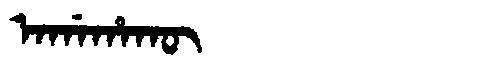
Manchu: ᠠᡤᠠᡥᠠᡴᡡ
Romanization: AGAHAKŪ